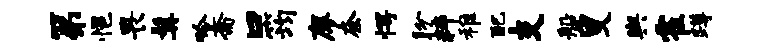
第悒畏髯吟斋口筠廖奈愕盼粹稚配支船叟舆霍蹲